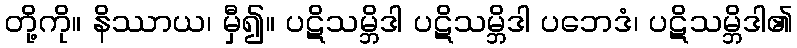
တို့ကို။ နိဿာယ၊ မှီ၍။ ပဋိသမ္ဘိဒါ ပဋိသမ္ဘိဒါ ပဘေဒံ၊ ပဋိသမ္ဘိဒါ၏